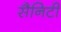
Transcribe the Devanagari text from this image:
सैनिटी